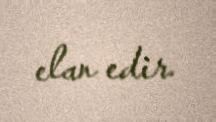
elan edir.